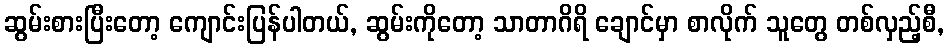
ဆွမ်းစားပြီးတော့ ကျောင်းပြန်ပါတယ်, ဆွမ်းကိုတော့ သာတာဂိရိ ချောင်မှာ စာလိုက် သူတွေ တစ်လှည့်စီ,